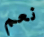
نعم